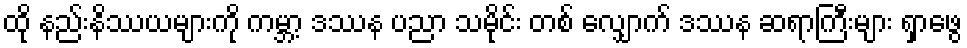
ထို နည်းနိဿယများကို ကမ္ဘာ့ ဒဿန ပညာ သမိုင်း တစ် လျှောက် ဒဿန ဆရာကြီးများ ရှာဖွေ